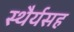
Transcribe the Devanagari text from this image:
स्थैर्यसह